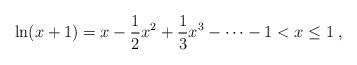
LaTeX: \begin{align*}\ln(x+1) = x -\frac{1}{2}x^2+\frac{1}{3}x^3-\dots -1<x\leq 1\;,\end{align*}